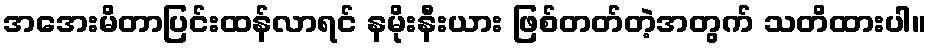
အအေးမိတာပြင်းထန်လာရင် နမိုးနီးယား ဖြစ်တတ်တဲ့အတွက် သတိထားပါ။